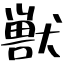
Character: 獣